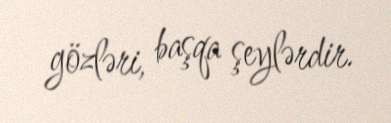
gözləri, başqa şeylərdir.